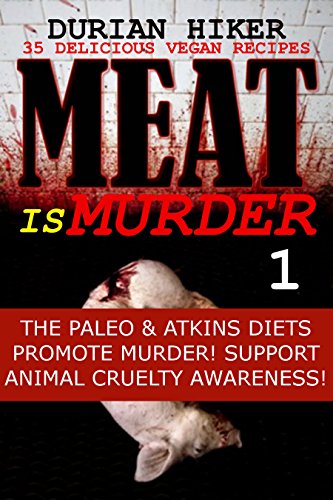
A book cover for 35 DELICIOUS VEGAN RECIPES - MEAT IS MURDER 1 - THE PALEO & ATKINS DIETS PROMOTE MURDER - SUPPORT ANIMAL CRUELTY AWARENESS - SUGAR FREE RECIPES - LOW CARB ... EATING (MEAT IS MURDER - VEGAN RECIPES); Durian Hiker; Cookbooks, Food & Wine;